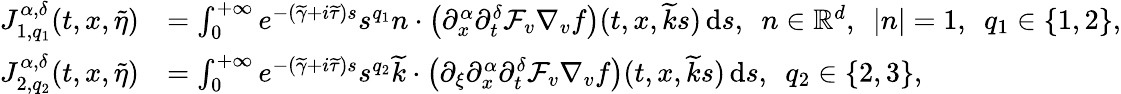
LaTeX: \begin{array}{rl}{J_{1,q_{1}}^{\alpha,\delta}(t,x,\widetilde{\eta})}&{=\int_{0}^{+\infty}e^{-(\widetilde{\gamma}+i\widetilde{\tau})s}s^{q_{1}}n\cdot\left(\partial_{x}^{\alpha}\partial_{t}^{\delta}\mathcal{F}_{v}\nabla_{v}f\right)(t,x,\widetilde{k}s)\, \mathrm{d}s,\ \ n\in\mathbb R^{d},\ \ \vert n\vert=1,\ \ q_{1}\in\lbrace 1,2\rbrace,}\\ {J_{2,q_{2}}^{\alpha,\delta}(t,x,\widetilde{\eta})}&{=\int_{0}^{+\infty}e^{-(\widetilde{\gamma}+i\widetilde{\tau})s}s^{q_{2}}\widetilde{k}\cdot\left(\partial_{\xi}\partial_{x}^{\alpha}\partial_{t}^{\delta}\mathcal{F}_{v}\nabla_{v}f\right)(t,x,\widetilde{k}s)\, \mathrm{d}s,\ \ q_{2}\in\lbrace 2,3\rbrace,}\end{array}